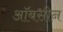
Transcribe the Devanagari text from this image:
ऑबसीन